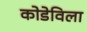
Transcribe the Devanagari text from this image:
कोडेविला